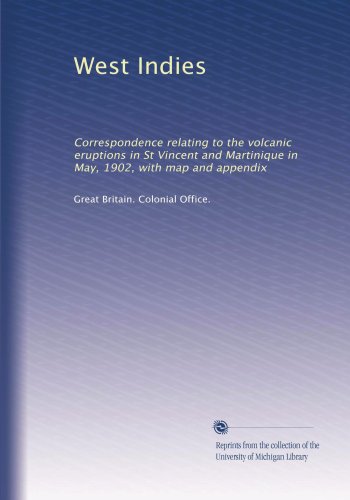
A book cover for West Indies: Correspondence relating to the volcanic eruptions in St Vincent and Martinique in May, 1902, with map and appendix; Great Britain. Colonial Office.; Travel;